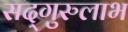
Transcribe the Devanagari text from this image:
सद्‌गुरुलाभ